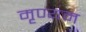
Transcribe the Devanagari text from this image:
मृण्यम